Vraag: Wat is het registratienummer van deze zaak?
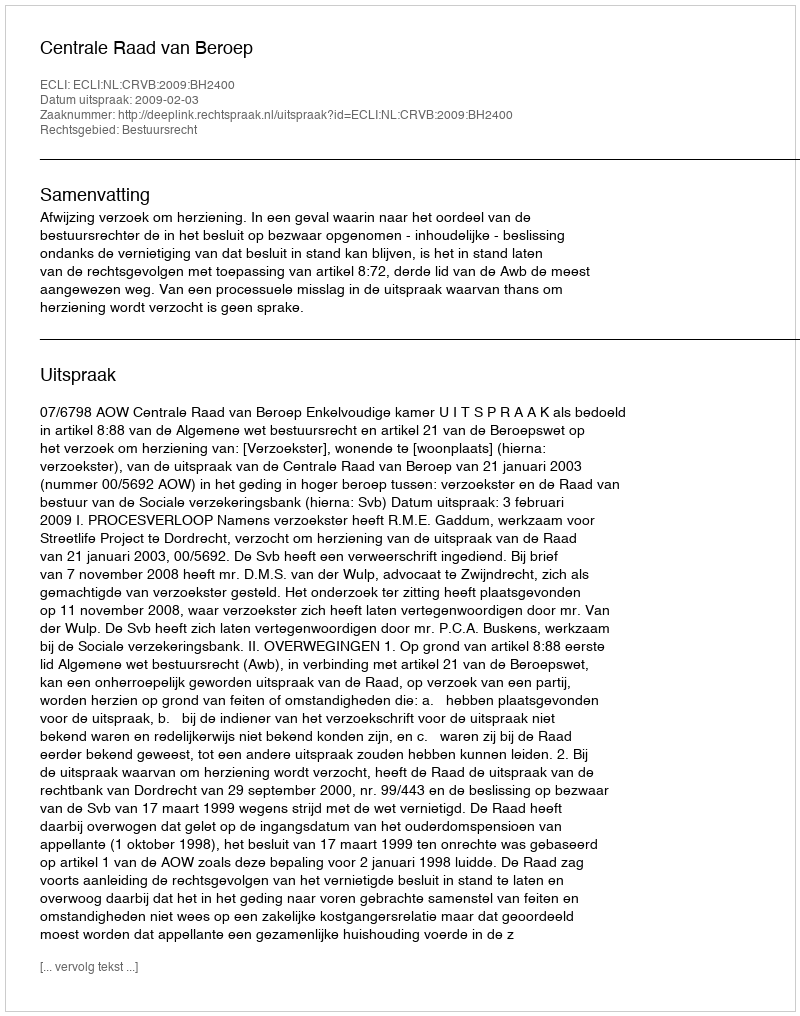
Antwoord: http://deeplink.rechtspraak.nl/uitspraak?id=ECLI:NL:CRVB:2009:BH2400